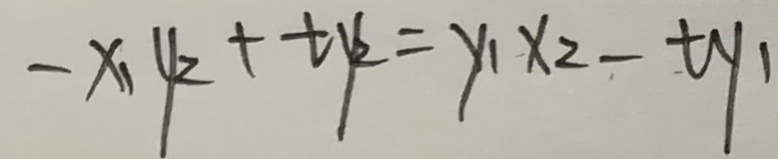
- x _ { 1 } y _ { 2 } + t y _ { 2 } = y _ { 1 } x _ { 2 } - t y _ { 1 }